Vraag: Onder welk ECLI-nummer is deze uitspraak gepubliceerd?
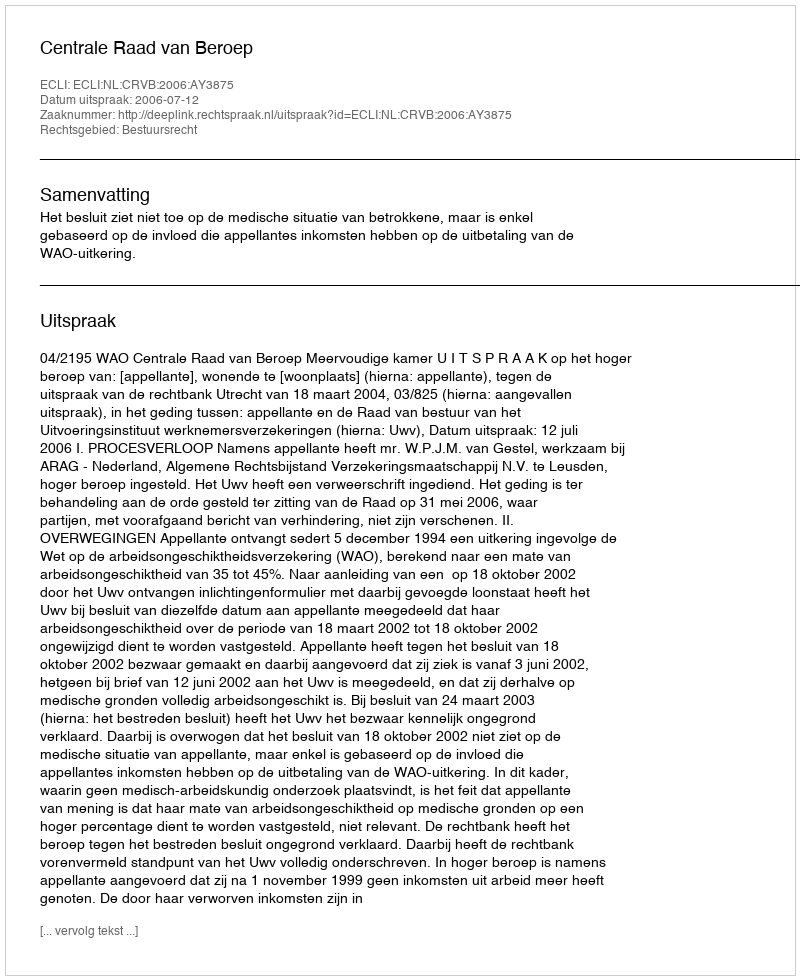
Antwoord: ECLI:NL:CRVB:2006:AY3875